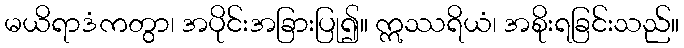
မယိရာဒံကတွာ၊ အပိုင်းအခြားပြု၍။ ဣဿရိယံ၊ အစိုးရခြင်းသည်။